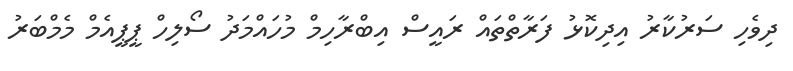
ދިވެހި ސަރުކާރު އިދިކޮޅު ފަރާތްތައް ރައީސް އިބްރާހިމް މުހައްމަދު ސޯލިހް ޕީޕީއެމް މެމްބަރު